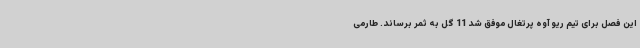
این فصل برای تیم ریو آوه پرتغال موفق شد 11 گل به ثمر برساند. طارمی